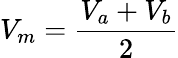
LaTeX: V_{m}=\frac{V_{a}+V_{b}}{2}